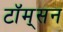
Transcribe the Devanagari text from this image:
टॉम्‌सन